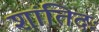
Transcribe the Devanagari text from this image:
शांतिदः